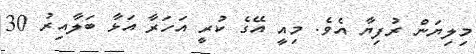
މިލިޔަން ރުފިޔާ އެވެ. މިއީ އޭގެ ކުރީ އަހަރާ އަޅާ ބަލާއިރު 30